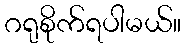
ဂရုစိုက်ရပါမယ်။